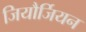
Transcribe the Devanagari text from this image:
जियौर्जियन